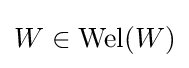
W\in \operatorname {Wel} (W)